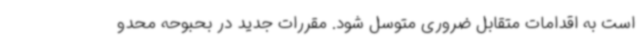
است به اقدامات متقابل ضروری متوسل شود. مقررات جدید در بحبوحه محدو